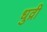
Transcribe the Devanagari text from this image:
धुव्री